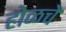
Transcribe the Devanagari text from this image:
होळचे